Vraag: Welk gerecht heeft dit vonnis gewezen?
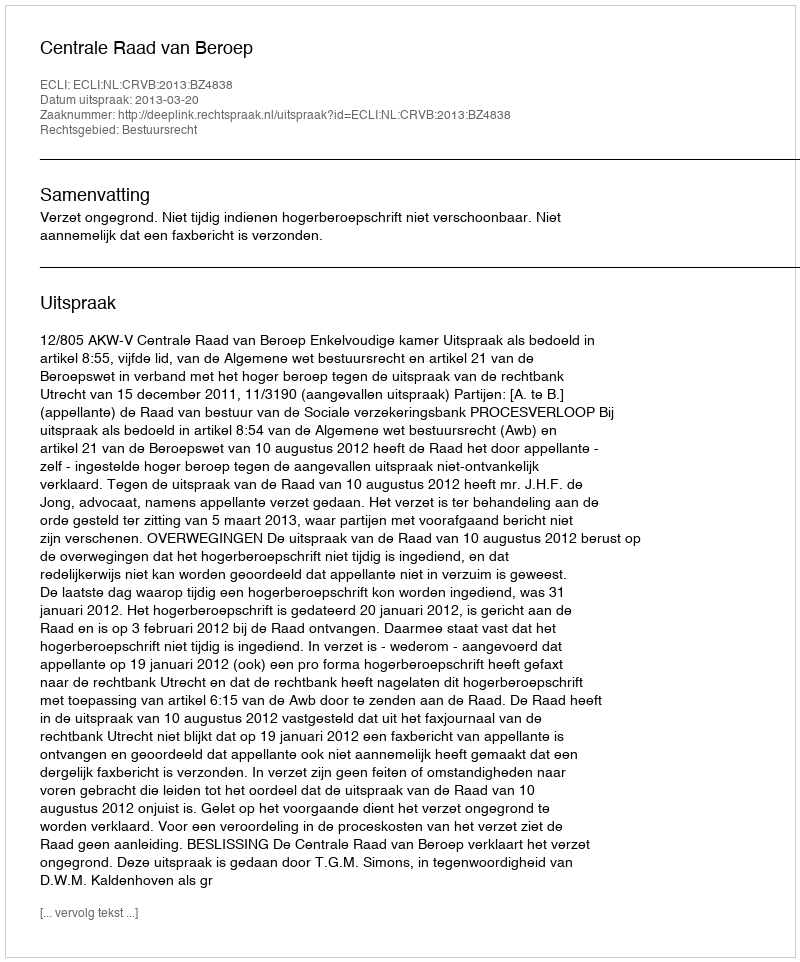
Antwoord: Centrale Raad van Beroep